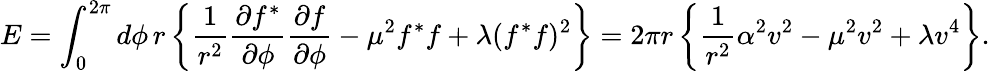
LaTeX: E=\int_{0}^{2\pi}d\phi\, r\left\{ \frac{1}{r^{2}}\frac{\partial f^{*}}{\partial\phi}\frac{\partial f}{\partial\phi}-\mu^{2}f^{*}f+\lambda(f^{*}f)^{2}\right\} =2\pi r\left\{ \frac{1}{r^{2}}\alpha^{2}v^{2}-\mu^{2}v^{2}+\lambda v^{4}\right\} .